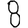
Digit: 8